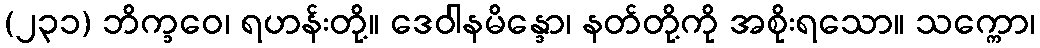
(၂၃၁) ဘိက္ခဝေ၊ ရဟန်းတို့။ ဒေဝါနမိန္ဒော၊ နတ်တို့ကို အစိုးရသော။ သက္ကော၊